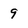
Character: 9